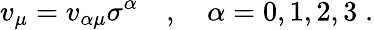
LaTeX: v_{\mu}=v_{\alpha\mu}\sigma^{\alpha}\quad,\quad\alpha=0,1,2,3\; .